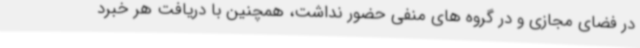
در فضای مجازی و در گروه های منفی حضور نداشت، همچنین با دریافت هر خبرد